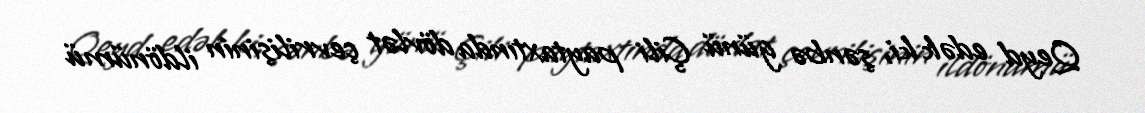
Qeyd edək ki, şənbə günü Çili paytaxtında dövlət çevrilişinin ildönümü